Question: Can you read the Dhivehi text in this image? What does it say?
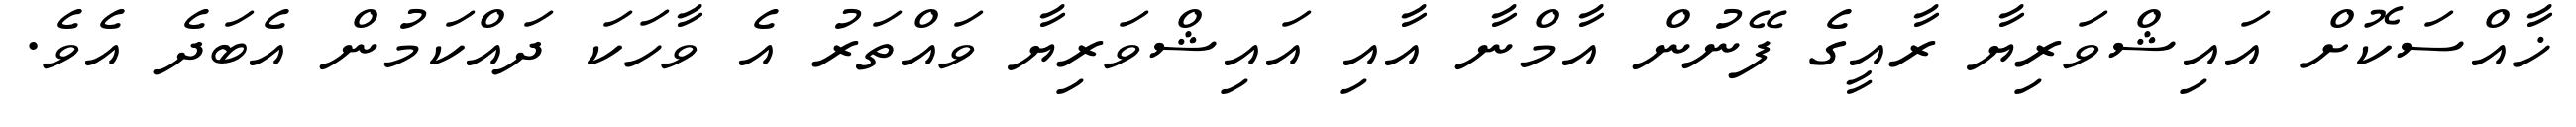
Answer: ޚާއްސަކޮށް އައިޝްވަރިޔާ ރާއީގެ ފޭނުން އާމްނާ އާއި އައިޝްވަރިޔާ ވައްތަރު އެ ވާހަކަ ދައްކަމުން އެބަދެ އެވެ.